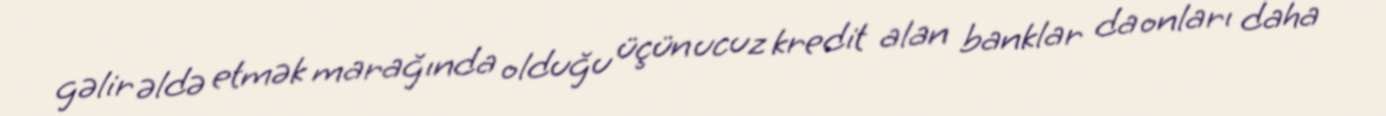
gəlir əldə etmək marağında olduğu üçün ucuz kredit alan banklar da onları daha